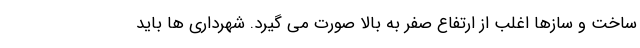
ساخت و سازها اغلب از ارتفاع صفر به بالا صورت می گیرد. شهرداری ها باید